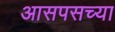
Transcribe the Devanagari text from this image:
आसपसच्या